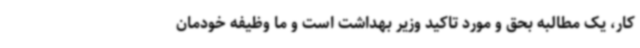
کار، یک مطالبه بحق و مورد تاکید وزیر بهداشت است و ما وظیفه خودمان